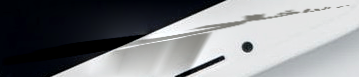
مدخل الداخلي